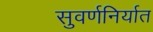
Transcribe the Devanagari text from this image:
सुवर्णनिर्यात